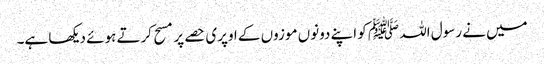
میں نے رسول اللہ ﷺ کو اپنے دونوں موزوں کے اوپری حصے پر مسح کرتے ہوئے دیکھا ہے۔